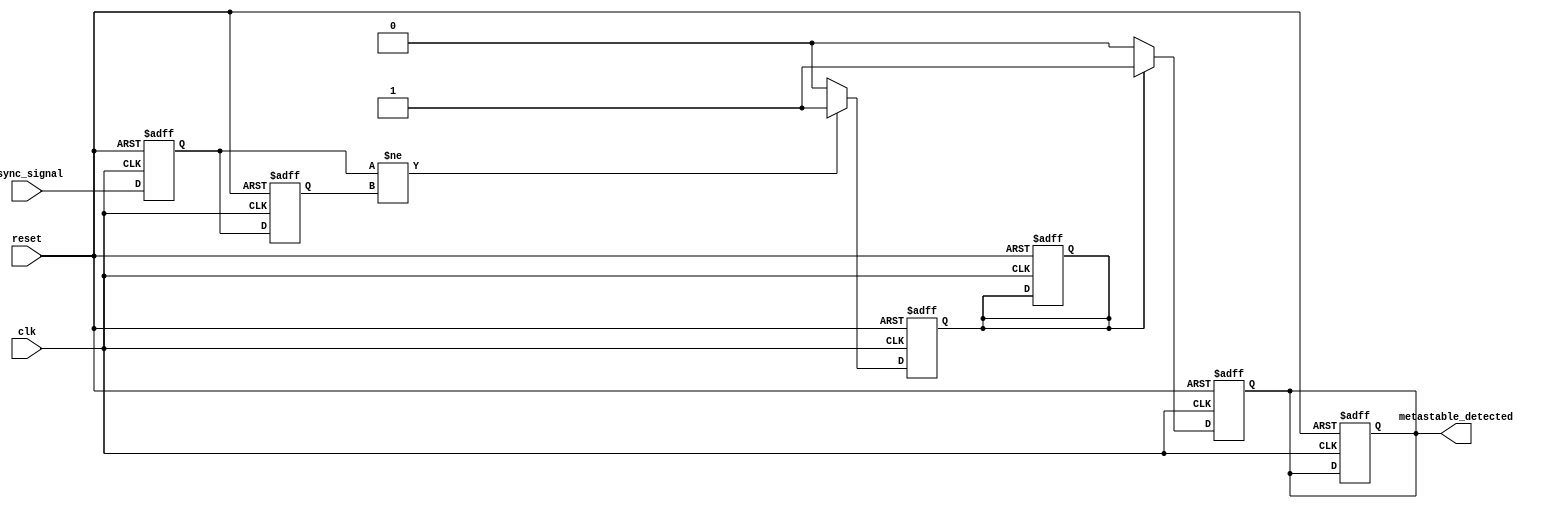
module metastability_detector (
    input wire clk,            // Clock signal
    input wire async_signal,   // Asynchronous input signal
    input wire reset,          // Reset signal
    output reg metastable_detected // Output signal indicating metastability
);

    // Internal signals for flip-flops
    reg ff1, ff2;

    // Pulse generation logic
    reg pulse;

    // Flip-flop behavior
    always @(posedge clk or posedge reset) begin
        if (reset) begin
            ff1 <= 1'b0;
            ff2 <= 1'b0;
            metastable_detected <= 1'b0;
            pulse <= 1'b0;
        end else begin
            ff1 <= async_signal; // Sample the asynchronous signal
            ff2 <= ff1;          // Sample the output of the first flip-flop
        end
    end

    // Pulse generation logic
    always @(posedge clk or posedge reset) begin
        if (reset) begin
            pulse <= 1'b0;
        end else begin
            // Generate pulse if ff1 and ff2 are different
            if (ff1 != ff2) begin
                pulse <= 1'b1; // Indicate potential metastability
            end else begin
                pulse <= 1'b0; // Clear pulse if states are the same
            end
        end
    end

    // Metastability detection output
    always @(posedge clk or posedge reset) begin
        if (reset) begin
            metastable_detected <= 1'b0;
        end else begin
            // Set metastable_detected if pulse is high
            if (pulse) begin
                metastable_detected <= 1'b1;
            end else begin
                metastable_detected <= 1'b0; // Clear after pulse
            end
        end
    end

endmodule